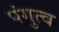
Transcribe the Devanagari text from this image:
पंगुत्व